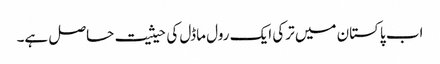
اب پاکستان میں ترکی ایک رول ماڈل کی حیثیت حاصل ہے۔